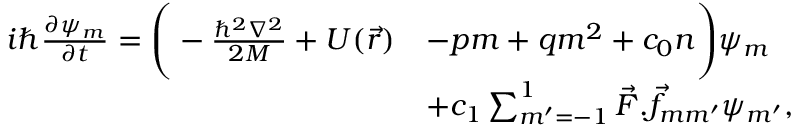
\begin{array} { r l } { i \hbar \frac { \partial \psi _ { m } } { \partial t } = \Bigg ( - \frac { \hbar ^ { 2 } \nabla ^ { 2 } } { 2 M } + U ( \vec { r } ) } & { - p m + q m ^ { 2 } + c _ { 0 } n \Bigg ) \psi _ { m } } \\ & { + c _ { 1 } \sum _ { m ^ { \prime } = - 1 } ^ { 1 } \vec { F } . \vec { f } _ { m m ^ { \prime } } \psi _ { m ^ { \prime } } , } \end{array}